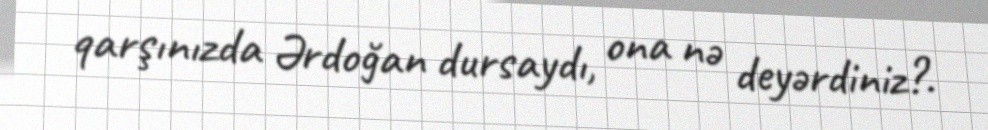
qarşınızda Ərdoğan dursaydı, ona nə deyərdiniz?.